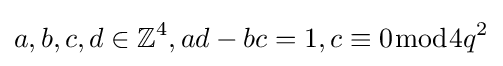
a,b,c,d\in \mathbb {Z} ^{4},ad-bc=1,c\equiv 0{\bmod {4}}q^{2}